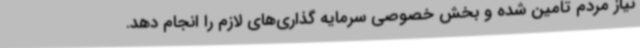
نیاز مردم تامین شده و بخش خصوصی سرمایه گذاری‌های لازم را انجام دهد.